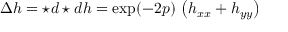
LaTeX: \Delta h = \star d \star d h = \exp ( - 2 p ) \, \left( h _ { x x } + h _ { y y } \right)